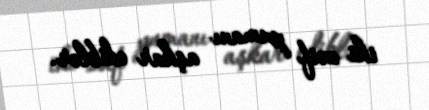
iki zəif pumanı aşkar ediblər.